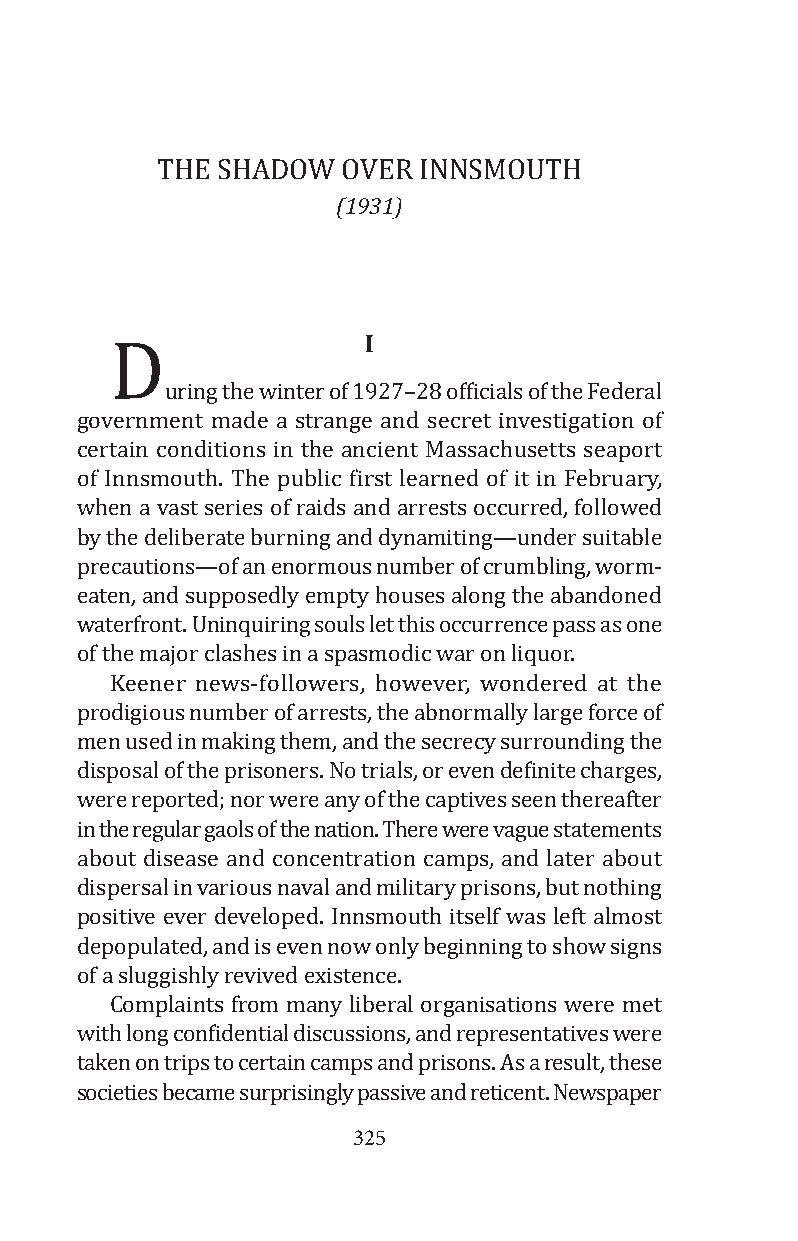
(1931)
 The shAdOW   Over iNNsMOuTh
 I
 uring the winter of 1927–28 officials of the Federal
 government made a strange and secret investigation of
 certain conditions in the ancient Massachusetts seaport
 of idnnsmouth. The public first learned of it in February,
 when a vast series of raids and arrests occurred, followed
 by the deliberate burning and dynamiting—under suitable
 precautions—of an enormous number of crumbling, worm-
 eaten, and supposedly empty houses along the abandoned
 waterfront. uninquiring souls let this occurrence pass as one
 of the major clashes in a spasmodic war on liquor.
 Keener news-followers, however, wondered at the
 prodigious number of arrests, the abnormally large force of
 men used in making them, and the secrecy surrounding the
 disposal of the prisoners. No trials, or even definite charges,
 were reported; nor were any of the captives seen thereafter
 in the regular gaols of the nation. There were vague statements
 about disease and concentration camps, and later about
 dispersal in various naval and military prisons, but nothing
 positive ever developed. innsmouth itself was left almost
 depopulated, and is even now only beginning to show signs
 of a sluggishly revived existence.
 Complaints from many liberal organisations were met
 with long confidential discussions, and representatives were
 taken on trips to certain camps and prisons. As a result, these
 societies became surprisingly3 p2a5ssive and reticent. Newspaper